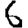
Digit: 6